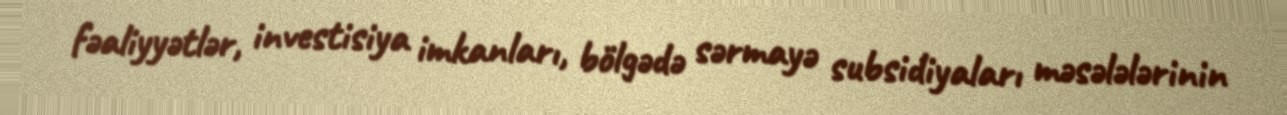
fəaliyyətlər, investisiya imkanları, bölgədə sərmayə subsidiyaları məsələlərinin